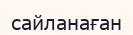
сайланаған